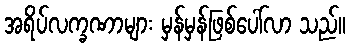
အရိပ်လက္ခဏာများ မှန်မှန်ဖြစ်ပေါ်လာ သည်။